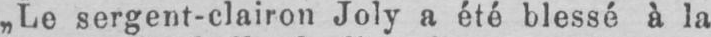
„Le sergent-clairon Joly a été blessé à la